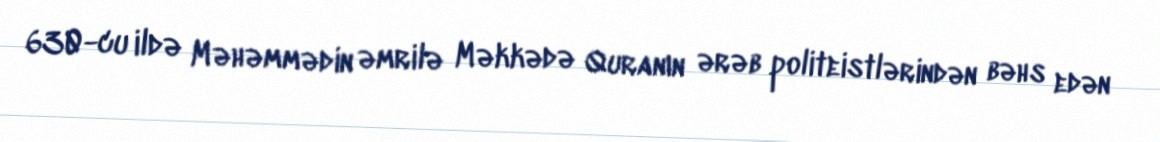
630-cu ildə Məhəmmədin əmrilə Məkkədə Quranın ərəb politeistlərindən bəhs edən